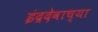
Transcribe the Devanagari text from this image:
इंद्रदेवाच्या